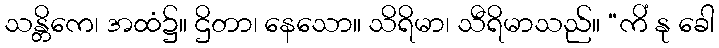
သန္တိကေ၊ အထံ၌။ ဌိတာ၊ နေသော။ သိရိမာ၊ သီရိမာသည်။ “ကိံ နု ခေါ